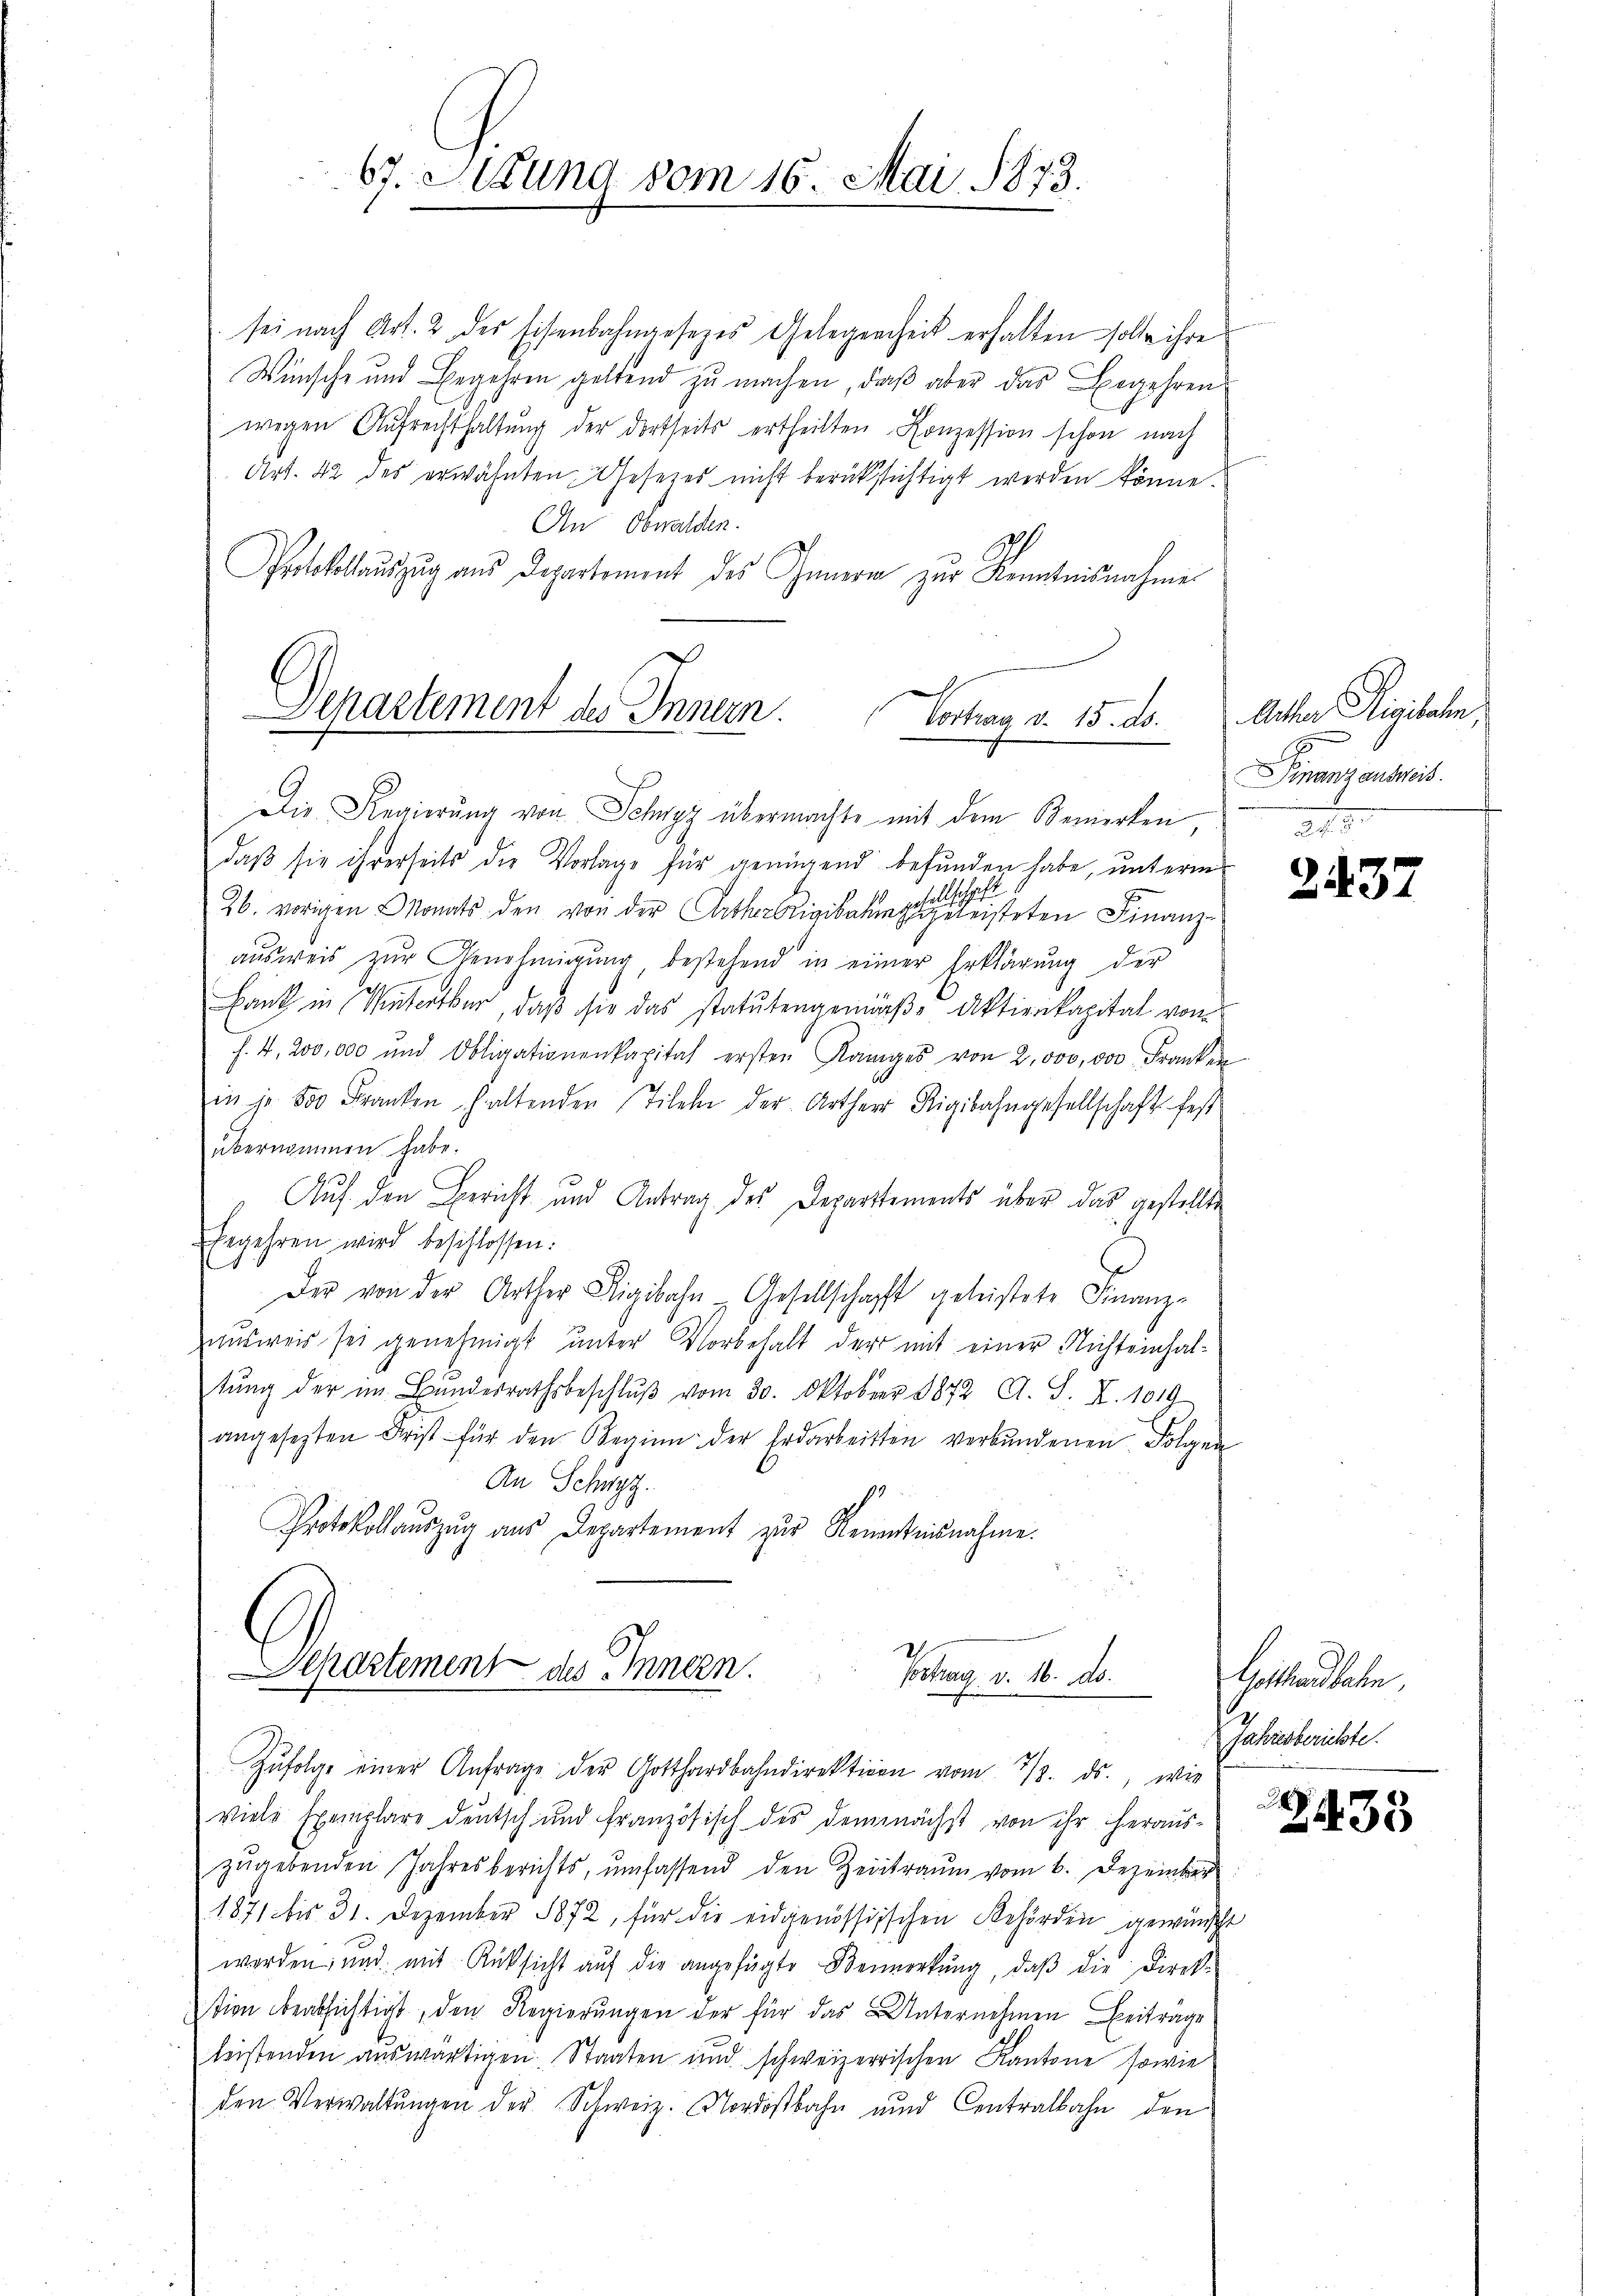
67. Sitzung vom 16. Mai 1873.

sei nach Art. 2 des Eisenbahngesezes Gelegenheit erhalten solle ihre
Wünsche und Begehren geltend zu machen, daß aber das Begehren
wegen Aufrechthaltung der dortseits ertheilten Konzession schon nach
Art. 42 des erwähnten Gesezes nicht berücksichtigt werden könne.
An Obwalden.
2
Protokollauszug aus Departement des Innern zur Kenntnisnahme

Departement des Innern
Vortrag d. 15. ds. Arter Rigibahn

Departement des Innen.
Vortrag v. 16. ds.
Zŭfolge einer Anfrage der Gotthardbahndirektiven vom 2/3. ds., wie

Die Regierŭng von Schwyz übermachte mit dem Bemerken
daβ sie ihrerseits die Vorlage für genügend befunden habe, unterm
26. vorigen Monats den von der Arthorrigibahngeleisteten Finanz-
aŭsweis zŭr Genehmigŭng, bestehend in einer Erklärŭng der
Bank in Miterthur, daß sie das statutengemäß Aktienkapital von
f. 4, 200,000 und Obligationenkapital ersten Königes von 2,000,000 Franken
in je 800 Franken haltenden Titel der Artherr Rigibahngesellschaft fest
übernommen habe.
Auf den Bericht und Antrag des Departements über das gestellte
begehren wird beschlossen:
Der von der Arther Rigibahn. Gesellschafft geleistete Finanz-
ausweis sei genehmigt unter Vorbehalt der mit einer Nichteinhaltŭng der im Bŭndesrathsbeschlŭβ vom 30. Oktober 1872 A. S. XI. 1019
angesetzten Frist für den Beginn der Erdarbeitten verbundenen Folgen
An Schwyz.
Protokoll aŭszŭg aŭs Departement zŭr Kenntnisnahme.

viele Exemplare deutsch und französisch des demnächst von ihr heraus-
zŭgebenden Jahresberichts, umfassend den Zeitraŭm vom 6. Dezember
1871 bis 31. Dezember 1872, für die eidgenössischen Behörden gewünsche
worden, und mit Rücksicht aŭf die angefügte Vermerkŭng, daβ die Direkstion beabsichtigt, den Regierungen der für das Unternehmen Beitrage
leistenden auswärtigen Staaten und schweizerrischen Kantone sowie
den Verwaltŭngen der Schweiz. Nordostbahn und Centralbahn den

Finanzausweist.

2437

Hostandaten,
Jahresberichte.

2435